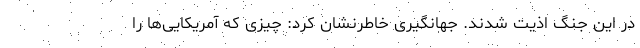
در این جنگ اذیت شدند. جهانگیری خاطرنشان کرد: چیزی که آمریکایی‌ها را